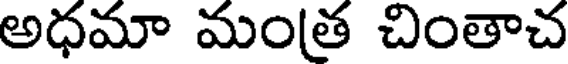
అధమా మంత చింతాచ